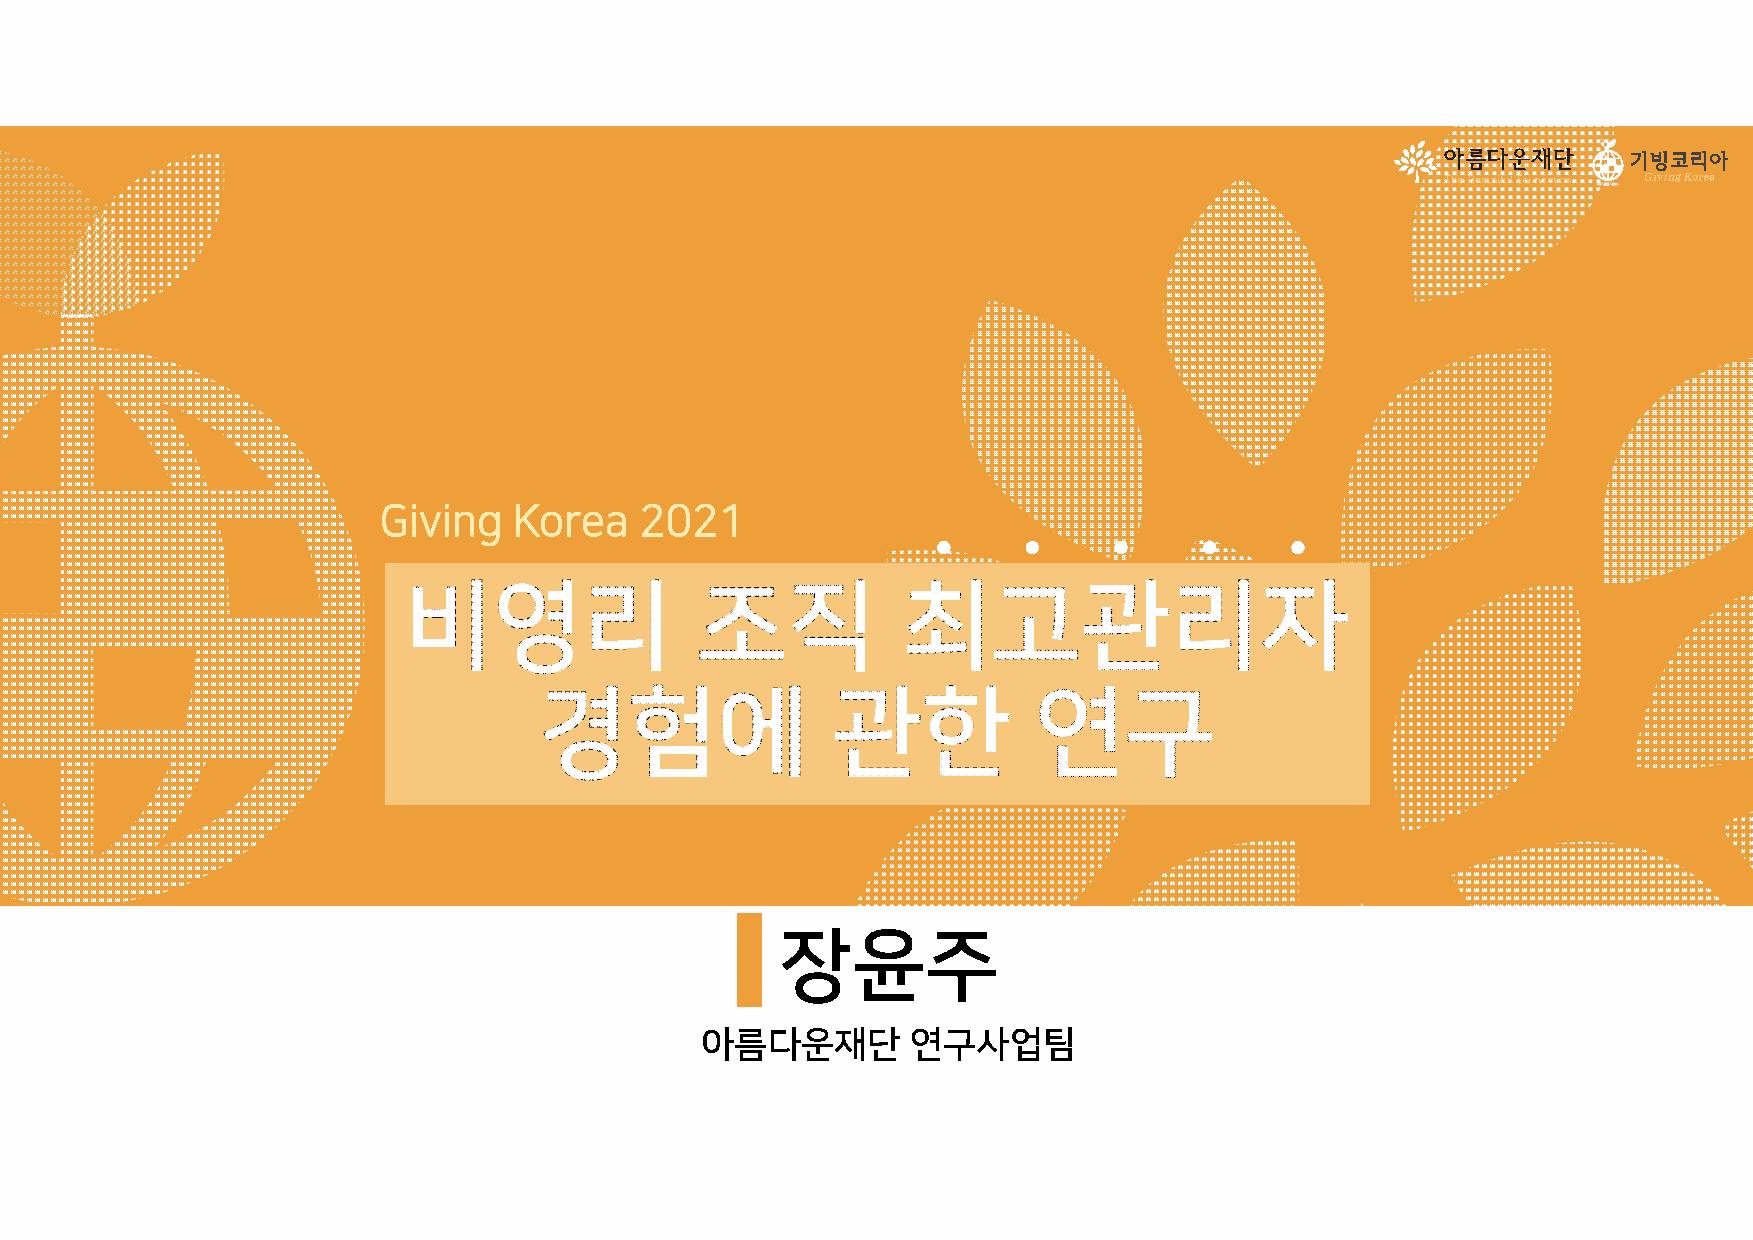
GivingKorea2021                   ∙     ∙     ∙     ∙     ∙
 장윤주
 아름다운재단        연구사업팀